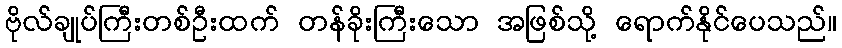
ဗိုလ်ချုပ်ကြီးတစ်ဦးထက် တန်ခိုးကြီးသော အဖြစ်သို့ ရောက်နိုင်ပေသည်။